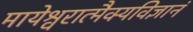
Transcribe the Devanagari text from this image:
मायेश्वरात्मैक्यविज्ञानं